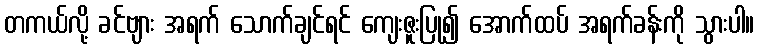
တကယ်လို့ ခင်ဗျား အရက် သောက်ချင်ရင် ကျေးဇူးပြု၍ အောက်ထပ် အရက်ခန်းကို သွားပါ။